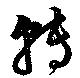
転